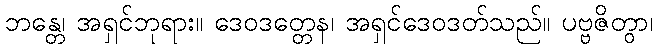
ဘန္တေ၊ အရှင်ဘုရား။ ဒေဝဒတ္တေန၊ အရှင်ဒေဝဒတ်သည်။ ပဗ္ဗဇိတွာ၊